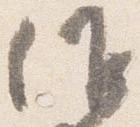
候